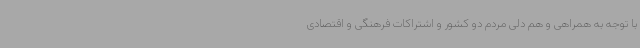
با توجه به همراهی و هم دلی مردم دو کشور و اشتراکات فرهنگی و اقتصادی